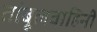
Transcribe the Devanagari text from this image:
तांबूलवाहिनी